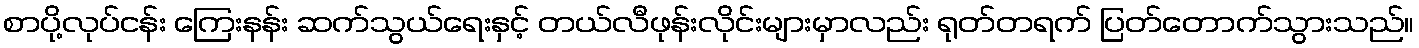
စာပို့လုပ်ငန်း ကြေးနန်း ဆက်သွယ်ရေးနှင့် တယ်လီဖုန်းလိုင်းများမှာလည်း ရုတ်တရက် ပြတ်တောက်သွားသည်။